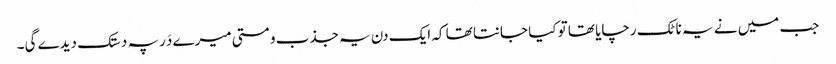
جب میں نے یہ ناٹک رچایا تھا تو کیا جانتا تھا کہ ایک دن یہ جذب و مستی میرے دَر پہ دستک دیدے گی۔